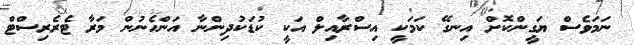
ނަމަވެސް ޔަގީންކޮށް އިނގޭ ކަމަކީ އިސްރާއިލް އަކީ ކުޑަކުދިންނާ އަންހެނުން މަރާ ޓެރެރިސްޓް